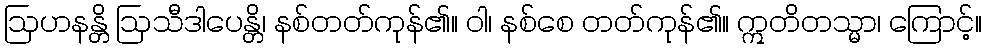
ဩဟနန္တိ ဩသီဒါပေန္တိ၊ နစ်တတ်ကုန်၏။ ဝါ၊ နစ်စေ တတ်ကုန်၏။ ဣတိတသ္မာ၊ ကြောင့်။